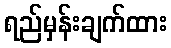
ရည်မှန်းချက်ထား